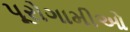
પૂરોગામીઓ